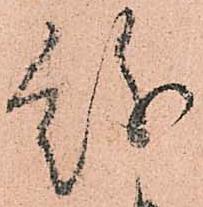
紛